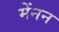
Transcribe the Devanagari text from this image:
मेंनन